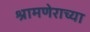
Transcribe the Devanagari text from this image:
श्रामणेराच्या